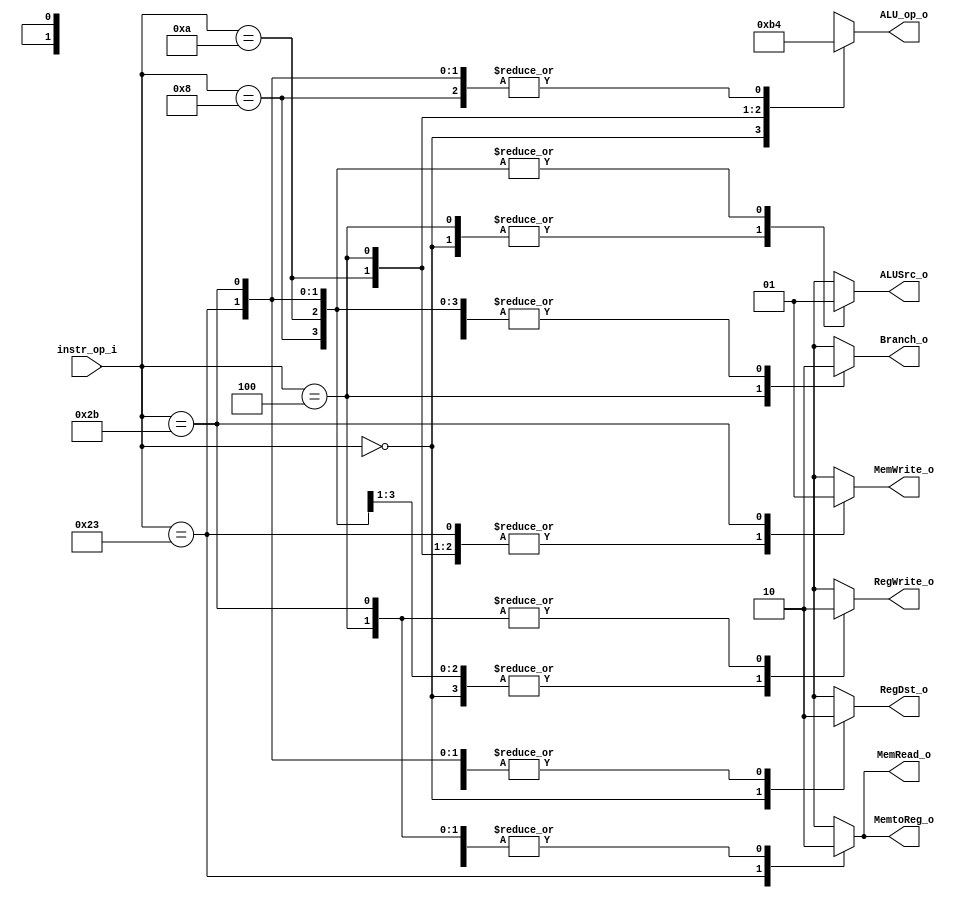
// 110550108
//Subject:     CO project 2 - Decoder
//--------------------------------------------------------------------------------
//Version:     1
//--------------------------------------------------------------------------------
//Writer:      
//----------------------------------------------
//Date:        
//----------------------------------------------
//Description: 
//--------------------------------------------------------------------------------

module Decoder(
    instr_op_i,
	RegWrite_o,
	ALU_op_o,
	ALUSrc_o,
	RegDst_o,
	Branch_o,
	MemRead_o,
	MemWrite_o,
	MemtoReg_o
	);

//I/O ports
input  [6-1:0] instr_op_i;

output         RegWrite_o;
output [2-1:0] ALU_op_o;
output         ALUSrc_o;
output 		   RegDst_o;
output         Branch_o;
output		   MemRead_o;
output		   MemWrite_o;
output 		   MemtoReg_o;

//Internal Signals
reg    [2-1:0] ALU_op_o;
reg            ALUSrc_o;
reg            RegWrite_o;
reg    		   RegDst_o;
reg            Branch_o;
reg		       MemRead_o;
reg		       MemWrite_o;
reg    		   MemtoReg_o;

//Main function
always @(instr_op_i) begin
	case (instr_op_i)	 
		6'b000000: begin	// r-format(add, sub, and, or, slt, xor, mult)
			RegWrite_o <= 1'b1;
			ALU_op_o <= 2'b10;
			ALUSrc_o <= 1'b0;
			RegDst_o <= 1'b1;
			Branch_o <= 1'b0;
			MemRead_o <= 1'b0;
			MemWrite_o <= 1'b0;
			MemtoReg_o <= 1'b0;
			end
		6'b001000: begin	// addi
			RegWrite_o <= 1'b1;
			ALU_op_o <= 2'b00;  
			ALUSrc_o <= 1'b1; 
			RegDst_o <= 1'b0; 
			Branch_o <= 1'b0;
			MemRead_o <= 1'b0;
			MemWrite_o <= 1'b0;
			MemtoReg_o <= 1'b0;
		end
		6'b001010: begin	// slti
			RegWrite_o <= 1'b1;
			ALU_op_o <= 2'b11;  
			ALUSrc_o <= 1'b1; 
			RegDst_o <= 1'b0; 
			Branch_o <= 1'b0;
			MemRead_o <= 1'b0;
			MemWrite_o <= 1'b0;
			MemtoReg_o <= 1'b0;
		end
		6'b000100: begin	// beq
			RegWrite_o <= 1'b0;
			ALU_op_o <= 2'b01;  
			ALUSrc_o <= 1'b0; 
			RegDst_o <= 1'b0;
			Branch_o <= 1'b1;
			MemRead_o <= 1'b0;
			MemWrite_o <= 1'b0;
			MemtoReg_o <= 1'b0;
		end
		6'b100011: begin	// lw
			RegWrite_o <= 1'b1;
			ALU_op_o <= 2'b00;  
			ALUSrc_o <= 1'b1; 
			RegDst_o <= 1'b0; 
			Branch_o <= 1'b0; 
			MemRead_o <= 1'b1;
			MemWrite_o <= 1'b0;
			MemtoReg_o <= 1'b1;
		end
		6'b101011: begin	// sw
			RegWrite_o <= 1'b0;
			ALU_op_o <= 2'b00;  
			ALUSrc_o <= 1'b1; 
			RegDst_o <= 1'b0;
			Branch_o <= 1'b0; 
			MemRead_o <= 1'b0;
			MemWrite_o <= 1'b1;
			MemtoReg_o <= 1'b0;
		end
		default: begin
			{RegWrite_o, ALU_op_o, ALUSrc_o, RegDst_o, Branch_o, MemRead_o, MemWrite_o, MemtoReg_o} <= 9'bxxxxxxxxx;
		end
	endcase
end

endmodule